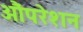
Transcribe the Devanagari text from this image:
औंपरेशन